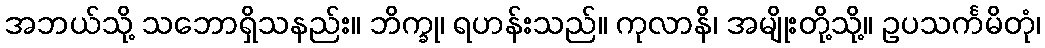
အဘယ်သို့ သဘောရှိသနည်း။ ဘိက္ခု၊ ရဟန်းသည်။ ကုလာနိ၊ အမျိုးတို့သို့။ ဥပသင်္ကမိတုံ၊